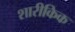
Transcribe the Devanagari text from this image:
शारीकिक